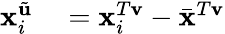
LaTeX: \begin{array}{rl}{\mathbf{x}_{i}^{\tilde{\mathbf{u}}}}&{{}=\mathbf{x}_{i}^{T\mathbf{v}}-\bar{\mathbf{x}}^{T\mathbf{v}}}\end{array}